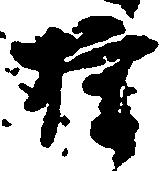
権